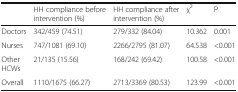
<table><thead><tr><td></td><td><b>HH compliance before intervention (%)</b></td><td><b>HH compliance after intervention (%)</b></td><td><b>χ<sup>2</sup></b></td><td><b>P</b></td></tr></thead><tbody><tr><td>Doctors</td><td>342/459 (74.51)</td><td>279/332 (84.04)</td><td>10.362</td><td>0.001</td></tr><tr><td>Nurses</td><td>747/1081 (69.10)</td><td>2266/2795 (81.07)</td><td>64.538</td><td>&lt;0.001</td></tr><tr><td>Other HCWs</td><td>21/135 (15.56)</td><td>168/242 (69.42)</td><td>100.58</td><td>&lt;0.001</td></tr><tr><td>Overall</td><td>1110/1675 (66.27)</td><td>2713/3369 (80.53)</td><td>123.99</td><td>&lt;0.001</td></tr></tbody></table>